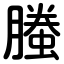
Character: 螣